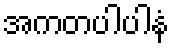
အကတပါပါနံ